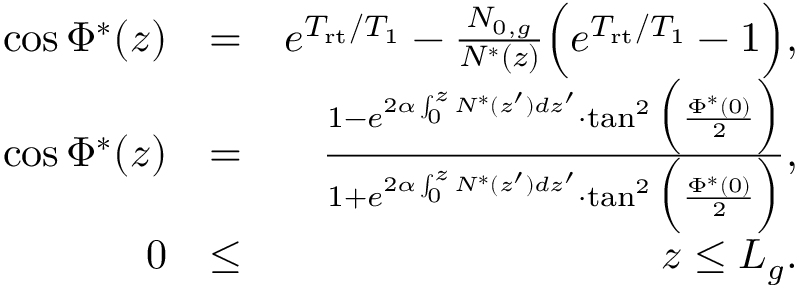
\begin{array} { r l r } { \cos \Phi ^ { * } ( z ) } & { = } & { e ^ { T _ { \mathrm { r t } } / T _ { 1 } } - \frac { N _ { 0 , g } } { N ^ { * } ( z ) } \Big ( e ^ { T _ { \mathrm { r t } } / T _ { 1 } } - 1 \Big ) , } \\ { \cos \Phi ^ { * } ( z ) } & { = } & { \frac { 1 - e ^ { 2 \alpha \int _ { 0 } ^ { z } N ^ { * } ( z ^ { \prime } ) d z ^ { \prime } } \cdot \tan ^ { 2 } \Big ( \frac { \Phi ^ { * } ( 0 ) } { 2 } \Big ) } { 1 + e ^ { 2 \alpha \int _ { 0 } ^ { z } N ^ { * } ( z ^ { \prime } ) d z ^ { \prime } } \cdot \tan ^ { 2 } \Big ( \frac { \Phi ^ { * } ( 0 ) } { 2 } \Big ) } , } \\ { 0 } & { \le } & { z \le L _ { g } . } \end{array}